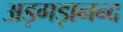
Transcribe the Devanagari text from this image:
अड़गड़ानन्द